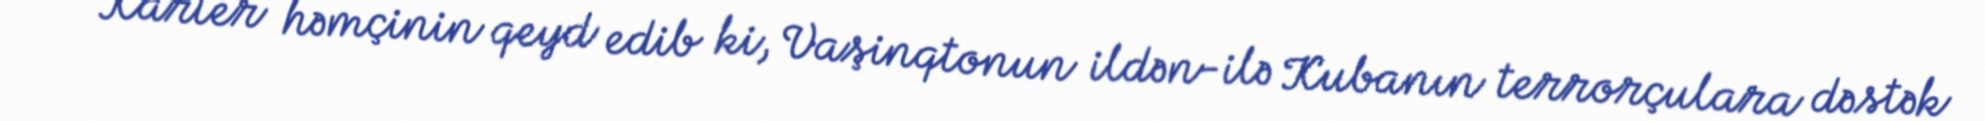
Karter həmçinin qeyd edib ki, Vaşinqtonun ildən-ilə Kubanın terrorçulara dəstək